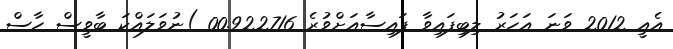
އެއީ 2012 ވަނަ އަހަރު ލިބިފައިވާ ފައިސާއަށްވުރެ 00.922716 )ނުވަލައްކަ ބާވީސް ހާސް